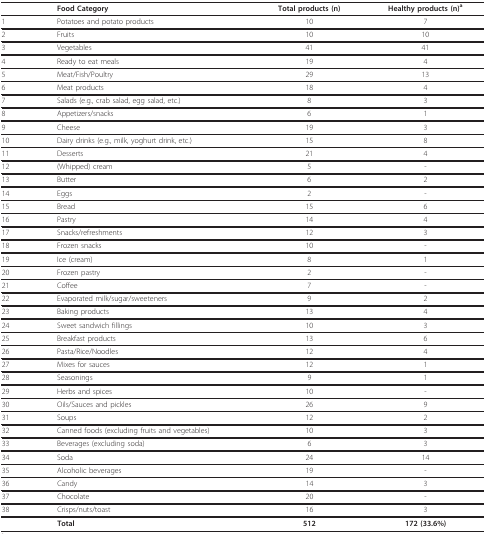
|  | Food Category | Total products (n) | Healthy products (n)a |
 | --- | --- | --- | --- |
 | 1 | Potatoes and potato products | 10 | 7 |
 | 2 | Fruits | 10 | 10 |
 | 3 | Vegetables | 41 | 41 |
 | 4 | Ready to eat meals | 19 | 4 |
 | 5 | Meat/Fish/Poultry | 29 | 13 |
 | 6 | Meat products | 18 | 4 |
 | 7 | Salads (e.g., crab salad, egg salad, etc.) | 8 | 3 |
 | 8 | Appetizers/snacks | 6 | 1 |
 | 9 | Cheese | 19 | 3 |
 | 10 | Dairy drinks (e.g., milk, yoghurt drink, etc.) | 15 | 8 |
 | 11 | Desserts | 21 | 4 |
 | 12 | (Whipped) cream | 5 | - |
 | 13 | Butter | 6 | 2 |
 | 14 | Eggs | 2 | - |
 | 15 | Bread | 15 | 6 |
 | 16 | Pastry | 14 | 4 |
 | 17 | Snacks/refreshments | 12 | 3 |
 | 18 | Frozen snacks | 10 | - |
 | 19 | Ice (cream) | 8 | 1 |
 | 20 | Frozen pastry | 2 | - |
 | 21 | Coffee | 7 | - |
 | 22 | Evaporated milk/sugar/sweeteners | 9 | 2 |
 | 23 | Baking products | 13 | 4 |
 | 24 | Sweet sandwich fillings | 10 | 3 |
 | 25 | Breakfast products | 13 | 6 |
 | 26 | Pasta/Rice/Noodles | 12 | 4 |
 | 27 | Mixes for sauces | 12 | 1 |
 | 28 | Seasonings | 9 | 1 |
 | 29 | Herbs and spices | 10 | - |
 | 30 | Oils/Sauces and pickles | 26 | 9 |
 | 31 | Soups | 12 | 2 |
 | 32 | Canned foods (excluding fruits and vegetables) | 10 | 3 |
 | 33 | Beverages (excluding soda) | 6 | 3 |
 | 34 | Soda | 24 | 14 |
 | 35 | Alcoholic beverages | 19 | - |
 | 36 | Candy | 14 | 3 |
 | 37 | Chocolate | 20 | - |
 | 38 | Crisps/nuts/toast | 16 | 3 |
 |  | Total | 512 | 172 (33.6%) |